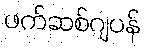
ဖက်ဆစ်ဂျပန်